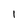
Character: 1